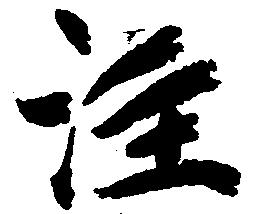
注